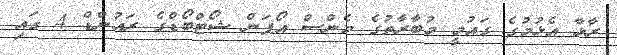
ރާޅާ އެޅުމުގެ ގައުމީ މުބާރާތުގެ މެންސް އޯޕަން ޝޯޓްބޯޑްގެ ރައުންޑް 4 ގައި